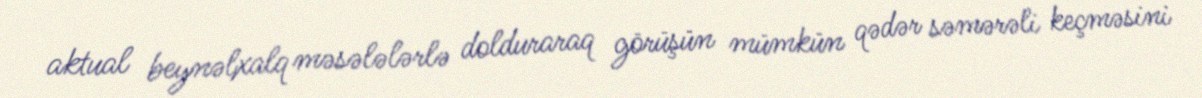
aktual beynəlxalq məsələlərlə dolduraraq görüşün mümkün qədər səmərəli keçməsini